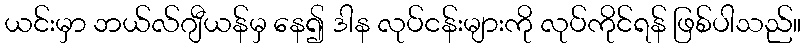
ယင်းမှာ ဘယ်လ်ဂျီယန်မှ နေ၍ ဒါန လုပ်ငန်းများကို လုပ်ကိုင်ရန် ဖြစ်ပါသည်။